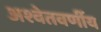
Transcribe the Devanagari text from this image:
अश्वेतवर्णीय